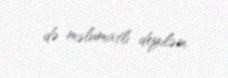
də məlumatlı deyiləm.